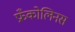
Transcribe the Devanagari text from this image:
फ्रँकोलिनस